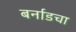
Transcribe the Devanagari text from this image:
बर्नाडचा